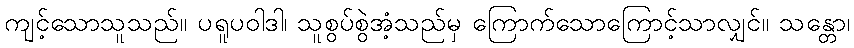
ကျင့်သောသူသည်။ ပရူပဝါဒါ၊ သူစွပ်စွဲအံ့သည်မှ ကြောက်သောကြောင့်သာလျှင်။ သန္တော၊